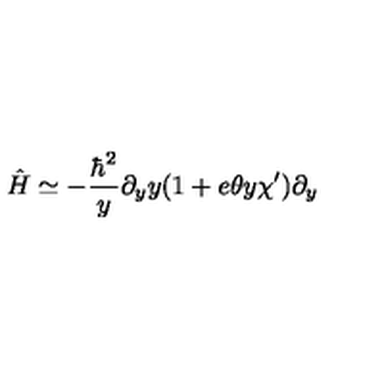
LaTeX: \hat { H } \simeq - { \frac { \hbar \sp 2 } { y } } \partial _ { y } y ( 1 + e \theta y \chi ^ { \prime } ) \partial _ { y }